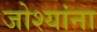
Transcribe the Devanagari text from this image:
जोश्यांना